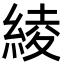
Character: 綾